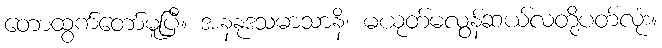
တောထွက်တော်မူပြီ။ အနနုဒသမာသာနိ၊ မယုတ်မလွန်ဆယ်လတို့ပတ်လုံး။